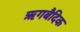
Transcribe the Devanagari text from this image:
ऋगबैदिक